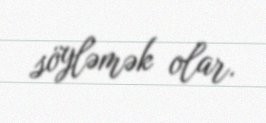
söyləmək olar.